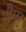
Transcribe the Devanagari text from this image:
सैमुर